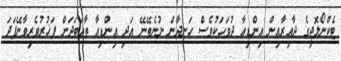
ޓެކްނޯލޮޖީގެ ދާއިރާއިން އިންޑިއާ ދުވަހަކުވެސް ހަނދާން ނުނެތޭނޭ އަދި އިންޑިއާ ތާއަބަދަށް ފަޚުރުވެރިވާނޭފަދަ